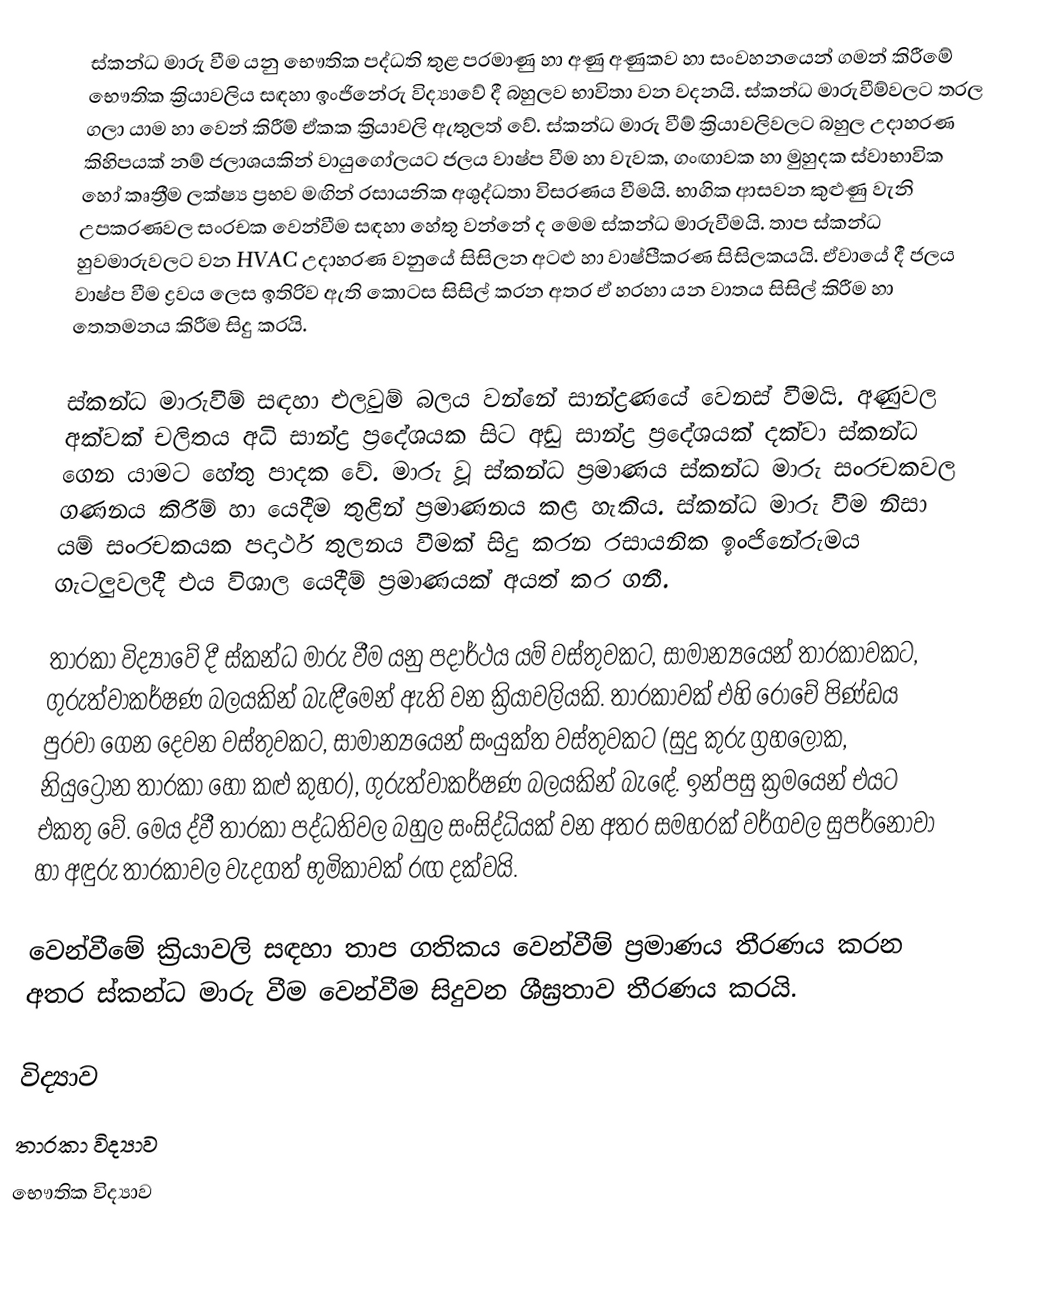
ස්කන්ධ මාරු වීම යනු භෞතික පද්ධති තුළ පරමාණු හා අණු අණුකව හා සංවහනයෙන් ගමන් කිරීමේ භෞතික ක්‍රියාවලිය සඳහා ඉංජිනේරු විද්‍යාවේ දී බහුලව භාවිතා වන වදනයි. ස්කන්ධ මාරුවීම්වලට තරල ගලා යාම හා වෙන් කිරීම් ඒකක ක්‍රියාවලි ඇතුලත් වේ. ස්කන්ධ මාරු වීම් ක්‍රියාවලිවලට බහුල උදාහරණ කිහිපයක් නම් ජලාශයකින් වායුගෝලයට ජලය වාෂ්ප වීම හා වැවක, ගංඟාවක හා මුහුදක ස්වාභාවික හෝ කෘත්‍රීම ලක්ෂ්‍ය ප්‍රභව මඟින් රසායනික අශුද්ධතා විසරණය වීමයි. භාගික ආසවන කුළුණු වැනි උපකරණවල සංරචක වෙන්වීම සඳහා හේතු වන්නේ ද මෙම ස්කන්ධ මාරුවීමයි. තාප ස්කන්ධ හුවමාරුවලට වන HVAC උදාහරණ වනුයේ සිසිලන අටළු හා වාෂ්පීකරණ සිසිලකයයි. ඒවායේ දී ජලය වාෂ්ප වීම ද්‍රවය ලෙස ඉතිරිව ඇති කොටස සිසිල් කරන අතර ඒ හරහා යන වාතය සිසිල් කිරීම හා තෙතමනය කිරීම සිදු කරයි.

ස්කන්ධ මාරුවීම් සඳහා එලවුම් බලය වන්නේ සාන්ද්‍රණයේ වෙනස් වීමයි. අණුවල අක්වක් චලිතය අධි සාන්ද්‍ර ප්‍රදේශයක සිට අඩු සාන්ද්‍ර ප්‍රදේශයක් දක්වා ස්කන්ධ ගෙන යාමට හේතු පාදක වේ. මාරු වූ ස්කන්ධ ප්‍රමාණය ස්කන්ධ මාරු සංරචකවල ගණනය කිරීම් හා යෙදීම තුළින් ප්‍රමාණනය කළ හැකිය. ස්කන්ධ මාරු වීම නිසා යම් සංරචකයක පදාර්ථ තුලනය වීමක් සිදු කරන රසායනික ඉංජිනේරුමය ගැටලුවලදී එය විශාල යෙදීම් ප්‍රමාණයක් අයත් කර ගනී.

තාරකා විද්‍යාවේ දී ස්කන්ධ මාරු වීම යනු පදාර්ථය යම් වස්තුවකට, සාමාන්‍යයෙන් තාරකාවකට, ගුරුත්වාකර්ෂණ බලයකින් බැඳීමෙන් ඇති වන ක්‍රියාවලියකි. තාරකාවක් එහි රොචේ පිණ්ඩය පුරවා ගෙන දෙවන වස්තුවකට, සාමාන්‍යයෙන් සංයුක්ත වස්තුවකට (සුදු කුරු ග්‍රහලෝක, නියුට්‍රෝන තාරකා හෝ කළු කුහර), ගුරුත්වාකර්ෂණ බලයකින් බැඳේ. ඉන්පසු ක්‍රමයෙන් එයට එකතු වේ. මෙය ද්වී තාරකා පද්ධතිවල බහුල සංසිද්ධියක් වන අතර සමහරක් වර්ගවල සුපර්නෝවා හා අඳුරු තාරකාවල වැදගත් භුමිකාවක් රඟ දක්වයි.

වෙන්වීමේ ක්‍රියාවලි සඳහා තාප ගතිකය වෙන්වීම් ප්‍රමාණය තීරණය කරන අතර ස්කන්ධ මාරු වීම වෙන්වීම සිදුවන ශීඝ්‍රතාව තීරණය කරයි.

විද්‍යාව
තාරකා විද්‍යාව
භෞතික විද්‍යාව